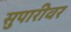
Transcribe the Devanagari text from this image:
सुपारीवर